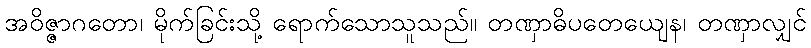
အဝိဇ္ဇာဂတော၊ မိုက်ခြင်းသို့ ရောက်သောသူသည်။ တဏှာဓိပတေယျေန၊ တဏှာလျှင်